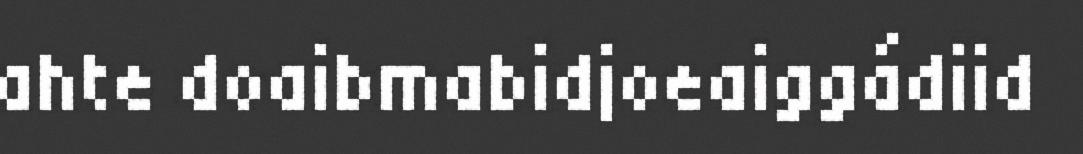
ahte doaibmabidjoeaiggádiid